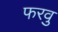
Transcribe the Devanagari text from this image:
फरवु